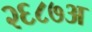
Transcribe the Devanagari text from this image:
२६८७अ